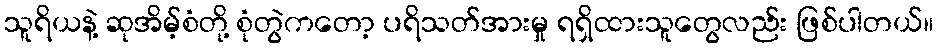
သူရိယနဲ့ ဆုအိမ့်စံတို့ စုံတွဲကတော့ ပရိသတ်အားမှု ရရှိထားသူတွေလည်း ဖြစ်ပါတယ်။